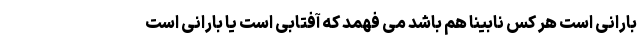
بارانی است هر کس نابینا هم باشد می فهمد که آفتابی است یا بارانی است